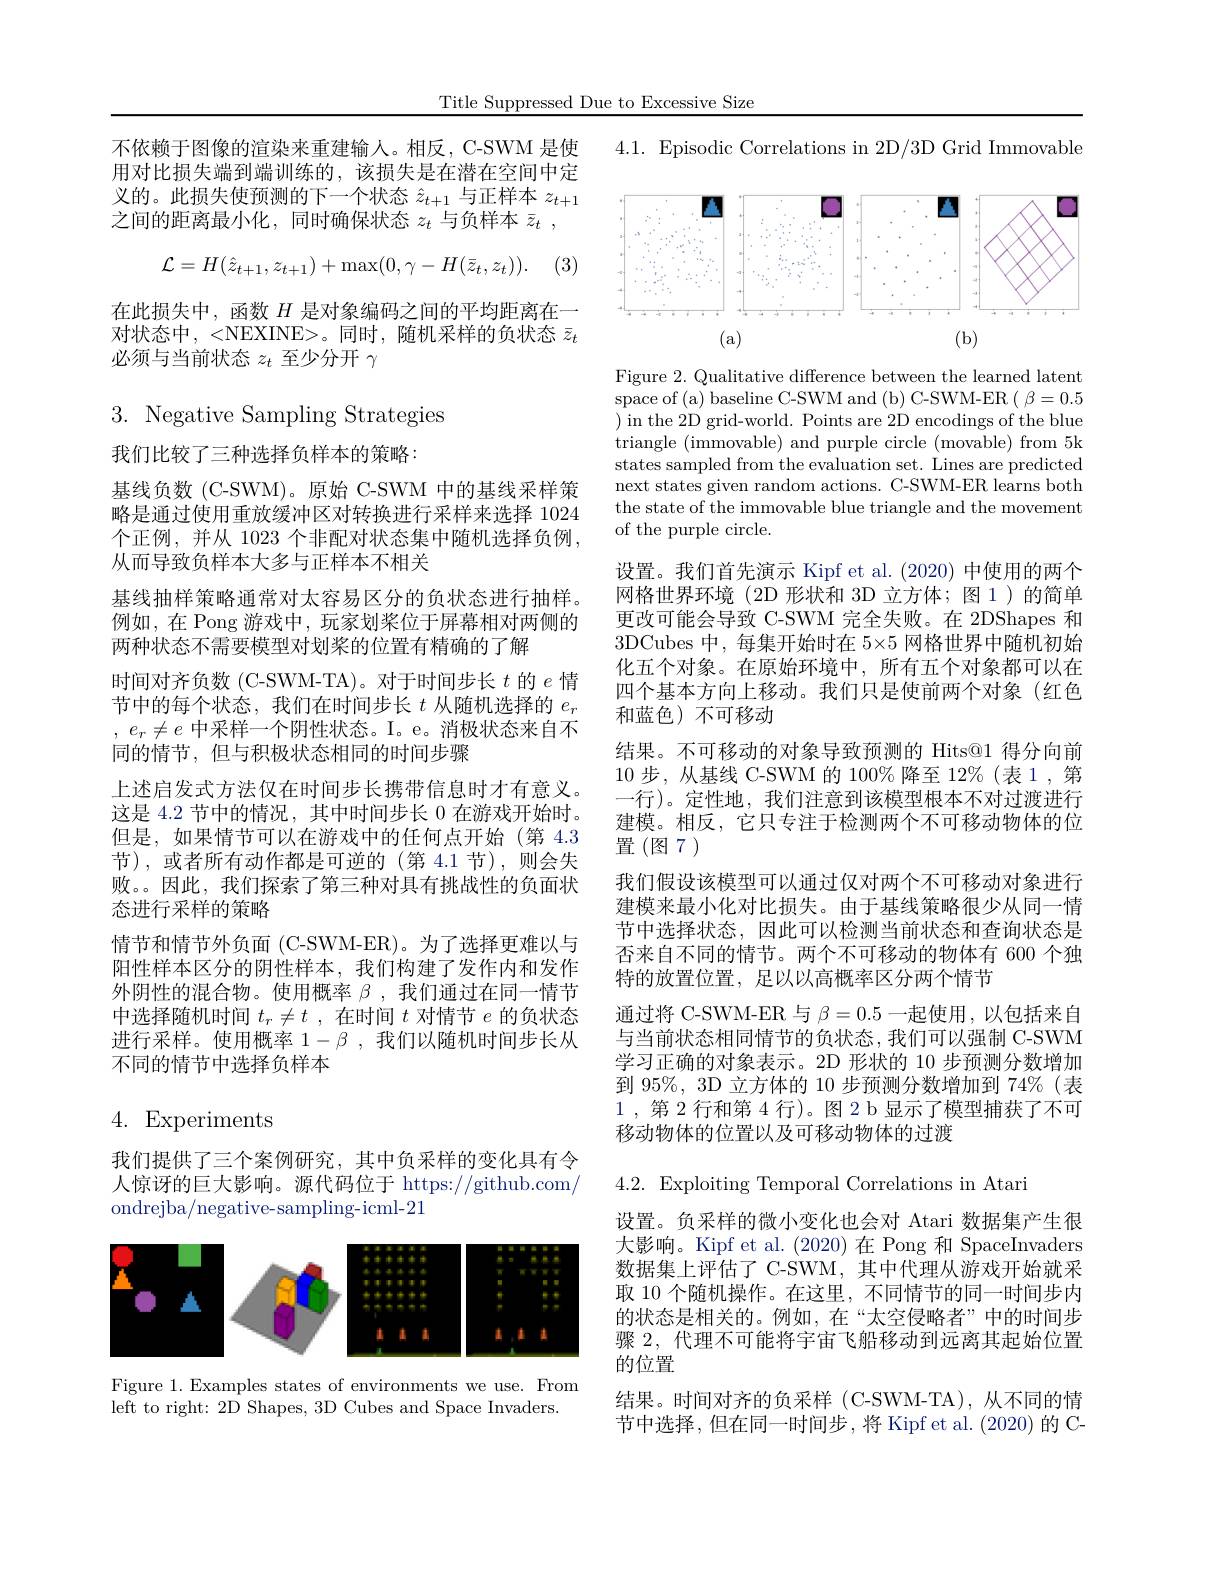
Title Suppressed Due to Excessive Size

不依赖于图像的渲染来重建输人。相反，C-SWM 是使用对比损失端到端训练的，该损失是在潜在空间中定义的。此损失使预测的下一个状态$\hat{z}_{t+1}$与正样本$z_t+1$ 之间的距离最小化，同时确保状态$z_t$与负样本$\bar{z} _t$ ,

(3)
$$\mathcal{L}=H(\hat{z}_{t+1},z_{t+1})+\max(0,\gamma-H(\bar{z}_{t},z_{t})).$$
在此损失中，函数$H$是对象编码之间的平均距离在一对状态中，<NEXINE>。同时，随机采样的负状态$\bar{z}_{t}$ 必须与当前状态$z_t$至少分开$\gamma$

$3.{\mathrm{~Negative~Sampling~Strategies}}$

我们比较了三种选择负样本的策略：
基线负数 (C-SWM)。原始 C-SWM 中的基线采样策略是通过使用重放缓冲区对转换进行采样来选择 1024个正例，并从 1023 个非配对状态集中随机选择负例， 从而导致负样本大多与正样本不相关
基线抽样策略通常对太容易区分的负状态进行抽样。例如，在 Pong 游戏中，玩家划桨位于屏幕相对两侧的两种状态不需要模型对划桨的位置有精确的了解
时间对齐负数(C-SWM-TA)。对于时间步长$t$的$e$情节中的每个状态，我们在时间步长$t$从随机选择的$e_r$ , $e_r\neq e$中采样一个阴性状态。I。e。消极状态来自不同的情节，但与积极状态相同的时间步骤
上述启发式方法仅在时间步长携带信息时才有意义。这是 4.2 节中的情况，其中时间步长 0 在游戏开始时。但是，如果情节可以在游戏中的任何点开始(第 4.3节),或者所有动作都是可逆的(第 4.1 节),则会失败。。因此，我们探索了第三种对具有挑战性的负面状态进行采样的策略
情节和情节外负面(C-SWM-ER)。为了选择更难以与阳性样本区分的阴性样本，我们构建了发作内和发作外阴性的混合物。使用概率$\beta$ ,我们通过在同一情节中选择随机时间$t_r\neq t$ ,在时间$t$对情节$e$的负状态进行采样。使用概率$1-\beta$ ,我们以随机时间步长从不同的情节中选择负样本

# 4. Experiments

我们提供了三个案例研究，其中负采样的变化具有令人惊讶的巨大影响。源代码位于 https://github.com/ ondrejba/negative-sampling-icml-21

<FigureHere>

Figure 1. Examples states of environments we use. From
$\bar{\mathrm{left~to~right:~2D~Shapes,~3D~Cubes~and~Space~Invaders.}}$

4.1. Episodic Correlations in 2D/3D Grid Immovable

<FigureHere>

Figure 2. Qualitative difference between the learned latent $\operatorname{space~of~(a)~baseline~C-SWM~and~(b)~C-SWM-ER~(~\beta=0.5}$ ) in the 2D grid-world. Points are 2D encodings of the blue triangle (immovable) and purple circle (movable) from 5k states sampled from the evaluation set. Lines are predicted next states given random actions. C-SWM-ER learns both the state of the immovable blue triangle and the movement of the purple circle.

设置。我们首先演示 Kipf et al. (2020) 中使用的两个网格世界环境(2D 形状和 3D 立方体；图 1)的简单更改可能会导致 C-SWM 完全失败。在 2DShapes 和3DCubes 中，每集开始时在 5×5 网格世界中随机初始化五个对象。在原始环境中，所有五个对象都可以在四个基本方向上移动。我们只是使前两个对象(红色和蓝色)不可移动
结果。不可移动的对象导致预测的 Hits@1 得分向前10步，从基线 C-SWM 的 100%降至 12%(表 1 ,第一行)。定性地，我们注意到该模型根本不对过渡进行建模。相反，它只专注于检测两个不可移动物体的位置(图7)
我们假设该模型可以通过仅对两个不可移动对象进行建模来最小化对比损失。由于基线策略很少从同一情节中选择状态，因此可以检测当前状态和查询状态是否来自不同的情节。两个不可移动的物体有 600 个独特的放置位置，足以以高概率区分两个情节
通过将 C-SWM-ER 与$\beta=0.5$一起使用，以包括来自与当前状态相同情节的负状态，我们可以强制 C-SWM 学习正确的对象表示。2D 形状的 10 步预测分数增加到 95%, 3D 立方体的 10 步预测分数增加到 74%(表1,第 2 行和第 4 行)。图 2 b 显示了模型捕获了不可移动物体的位置以及可移动物体的过渡
$4.2.{\mathrm{Exploiting~Temporal~Correlations~in~Atari}}$
设置。负采样的微小变化也会对 Atari 数据集产生很大影响。Kipf et al. (2020)在 Pong 和 SpaceInvaders 数据集上评估了 C-SWM, 其中代理从游戏开始就采取 10 个随机操作。在这里，不同情节的同一时间步内的状态是相关的。例如，在“太空侵略者”中的时间步骤 2, 代理不可能将宇宙飞船移动到远离其起始位置的位置
结果。时间对齐的负采样 (C-SWM-TA),从不同的情

节中选择，但在同一时间步，将 Kipf et al. (2020) 的 C-